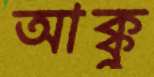
আক্কু